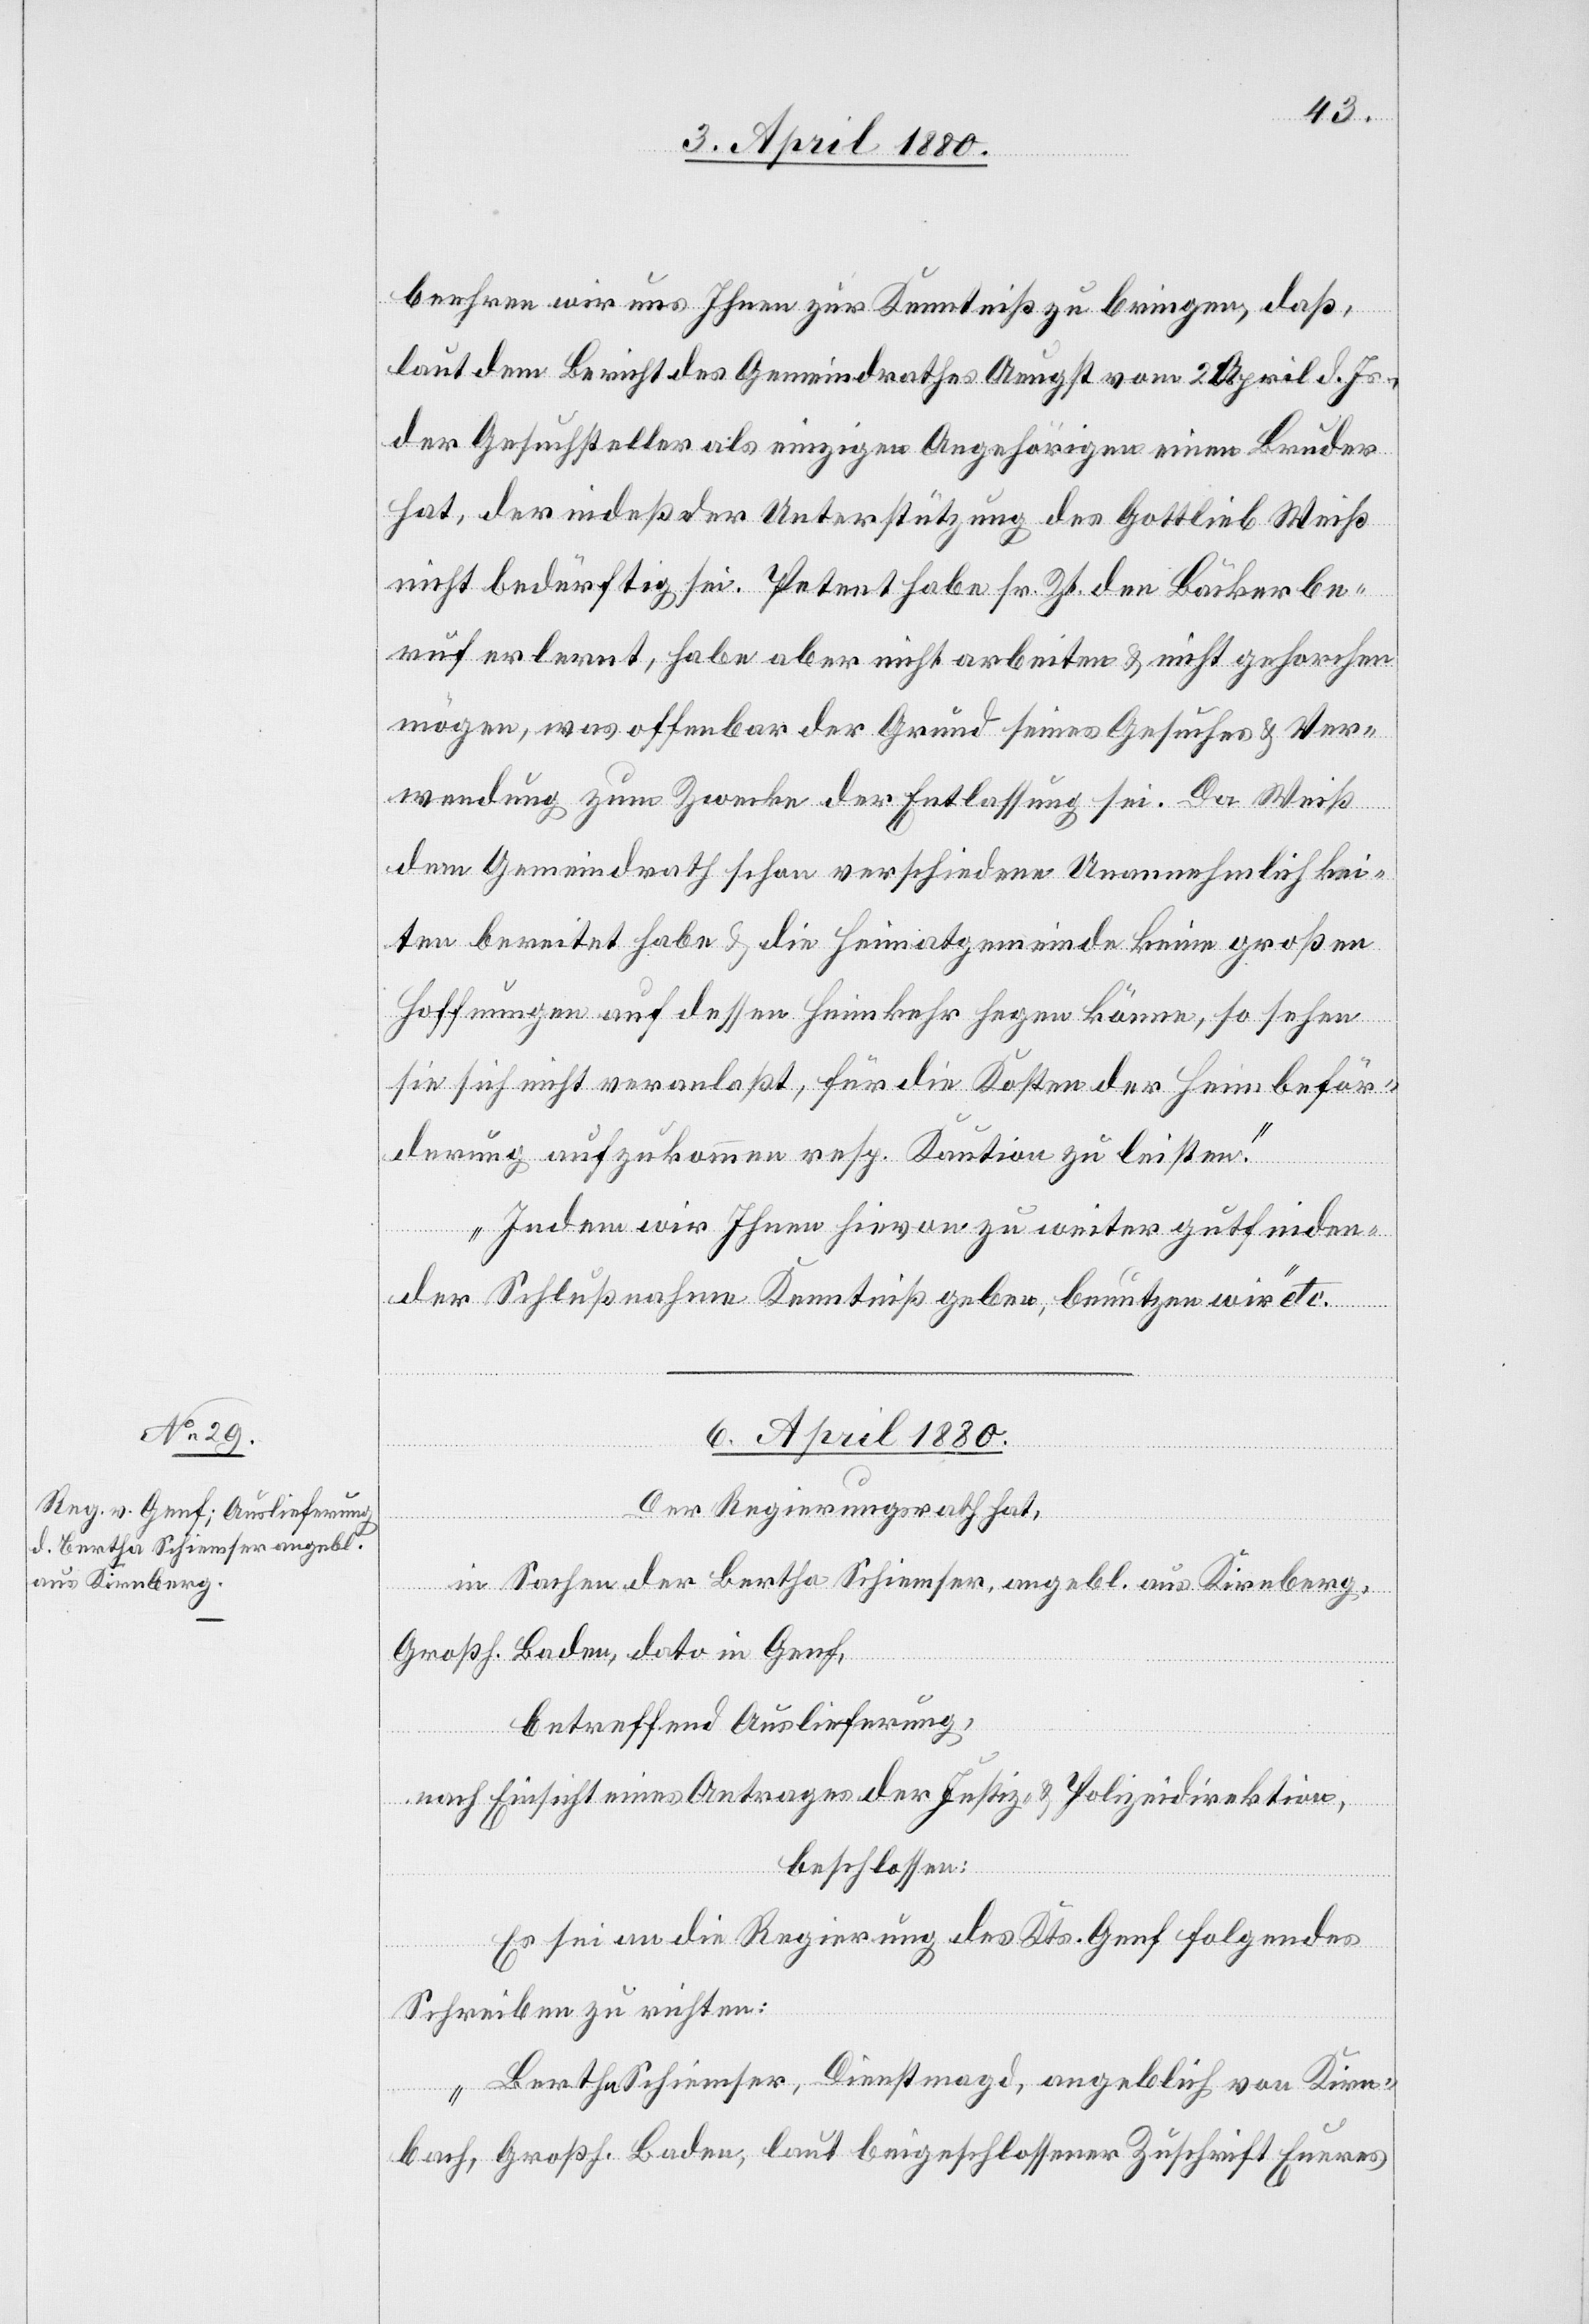
beehren wir uns Ihnen zur Kenntniß zu bringen, daß,
laut dem Bericht des Gemeindrathes Aeugst vom 2. April d. Js.,
der Gesuchsteller als einziger Angehöriger einen Bruder
hat, der indeßen der Unterstützung des Gottlieb Weiß
nicht bedürftig sei. Petent habe sr. Zt. den Bäckerbe¬
ruf erlernt, habe aber nicht arbeiten & nicht gehorchen
mögen, was offenbar der Grund seines Gesuches & Ver¬
wendung zum Zwecke der Entlassung sei. Da Weiß
ach
dem Gemeindrath schon verschiedene Unannehmlichkei¬
ten bereitet habe & die Heimatgemeinde keine großen
Hoffnungen auf dessen Heimkehr hegen könne, so sehen
sie sich nicht veranlaßt, für die Kosten der Heimbeför¬
derung aufzukommen resp. Kaution zu leisten.
Indem wir Ihnen hievon zu weiter gutfinden¬
der Schlußnahme Kenntniß geben, benutzen wir“ etc.
6. April 1880.
Der Regierungsrath hat,
hb¬
in Sachen der Bertha Schliemser, angebl. aus Kirchberg,
Großh. Baden, dato in Genf,
betreffend Auslieferung,
nach Einsicht eines Antrages der Justiz- & Polizeidirektion,
beschlossen:
Es sei an die Regierung des Kts. Genf folgendes
Schreiben zu richten:
„Bertha Schliemser, Dienstmagd, angeblich von Kirc¬
[sic!], Großh. Baden, laut beigeschlossener Zuschrift Eures